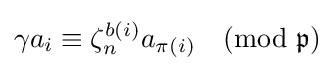
\gamma a_{i}\equiv \zeta _{n}^{b(i)}a_{\pi (i)}{\pmod {\mathfrak {p}}}